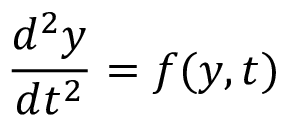
{ \frac { d ^ { 2 } y } { d t ^ { 2 } } } = f ( y , t )